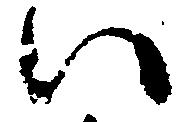
い